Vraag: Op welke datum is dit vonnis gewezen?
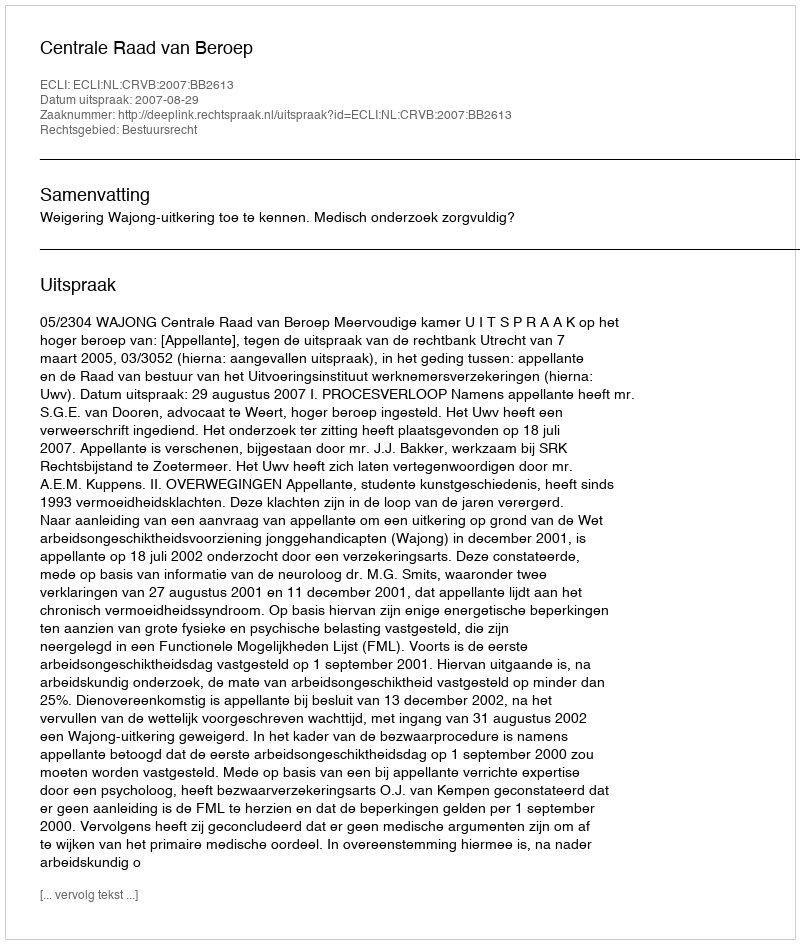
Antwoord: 2007-08-29